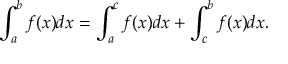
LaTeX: \int _ { a } ^ { b } f ( x ) d x = \int _ { a } ^ { c } f ( x ) d x + \int _ { c } ^ { b } f ( x ) d x .